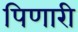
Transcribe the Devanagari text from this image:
पिणारी